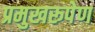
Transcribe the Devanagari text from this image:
प्रमुखरूपेण